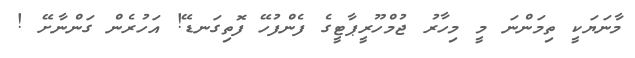
މާނަޔަކީ ތިމަންނަ މީ މިހާރު ޖުމްހޫރީޕާޓީގެ ފެންފުހޭ ފޮތިގަނޑޭ! އަހުރެން ގަންނާށޭ !